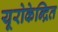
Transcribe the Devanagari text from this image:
यूरोकेन्द्रित